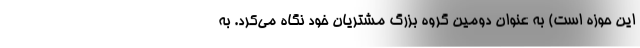
این حوزه است) به عنوان دومین گروه بزرگ مشتریان خود نگاه می‌کرد. به